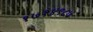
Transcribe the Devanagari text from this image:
१७१४९८७